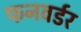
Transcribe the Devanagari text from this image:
फनवर्डर